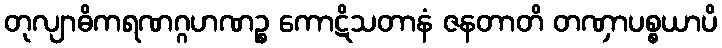
တုလျာဓိကရဏဂ္ဂဟဏဉ္စ ကောဋိသတာနံ ဇနတာတိ တဏှာပစ္စယာပိ